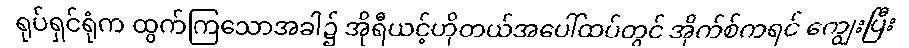
ရုပ်ရှင်ရုံက ထွက်ကြသောအခါ၌ အိုရီယင့်ဟိုတယ်အပေါ်ထပ်တွင် အိုက်စ်ကရင် ကျွေးပြီး